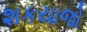
શકયાજો